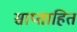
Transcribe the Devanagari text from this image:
साप्ताहित